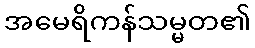
အမေရိကန်သမ္မတ၏